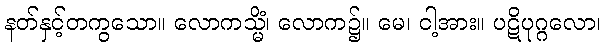
နတ်နှင့်တကွသော။ လောကသ္မိံ၊ လောက၌။ မေ၊ ငါ့အား။ ပဋိပုဂ္ဂလော၊